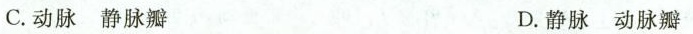
C.动脉静脉瓣 D.静脉动脉瓣